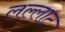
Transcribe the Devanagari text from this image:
लल्लाट